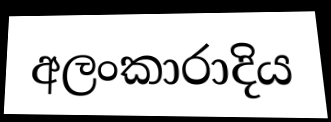
අලංකාරාදිය